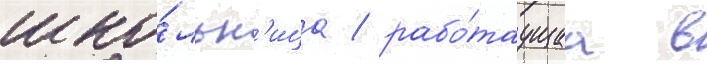
шко́льн'ица / рабо́таущаа в